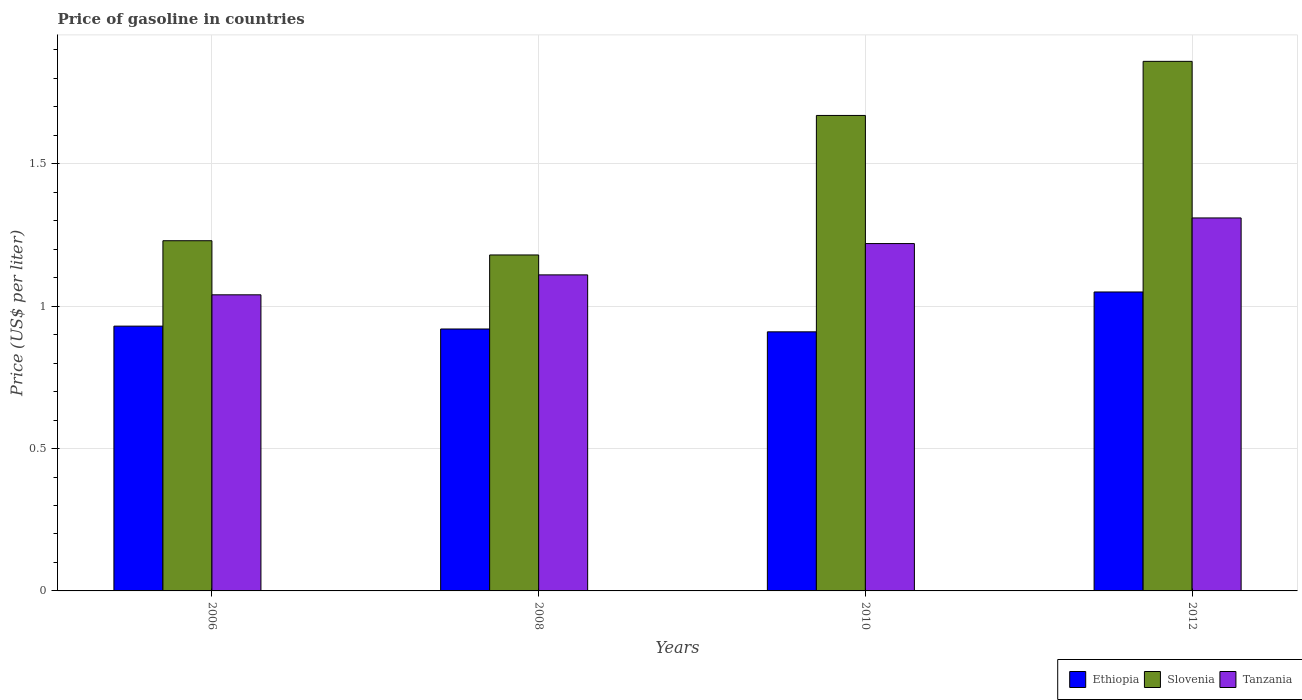
| Years | Ethiopia | Slovenia | Tanzania |
 | --- | --- | --- | --- |
 | 2006 | 0.93 | 1.23 | 1.04 |
 | 2008 | 0.92 | 1.18 | 1.11 |
 | 2010 | 0.91 | 1.67 | 1.22 |
 | 2012 | 1.05 | 1.86 | 1.31 |